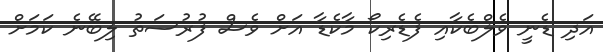
އަދި ޑެނީ ވެލްބެކާއި ފެޑެރިކޯ މާކެޑާ އަށް ވެސް ފުރުސަތު ލިބޭނެ ކަމަށް